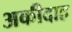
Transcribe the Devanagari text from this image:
अकीदाह